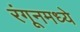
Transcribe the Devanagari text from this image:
रंगूनमध्ये